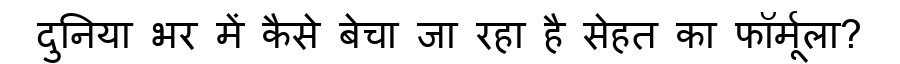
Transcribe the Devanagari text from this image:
दुनिया भर में कैसे बेचा जा रहा है सेहत का फॉर्मूला?